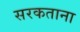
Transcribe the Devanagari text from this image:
सरकताना